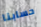
حسابنا